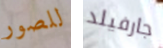
للصور جارفيلد